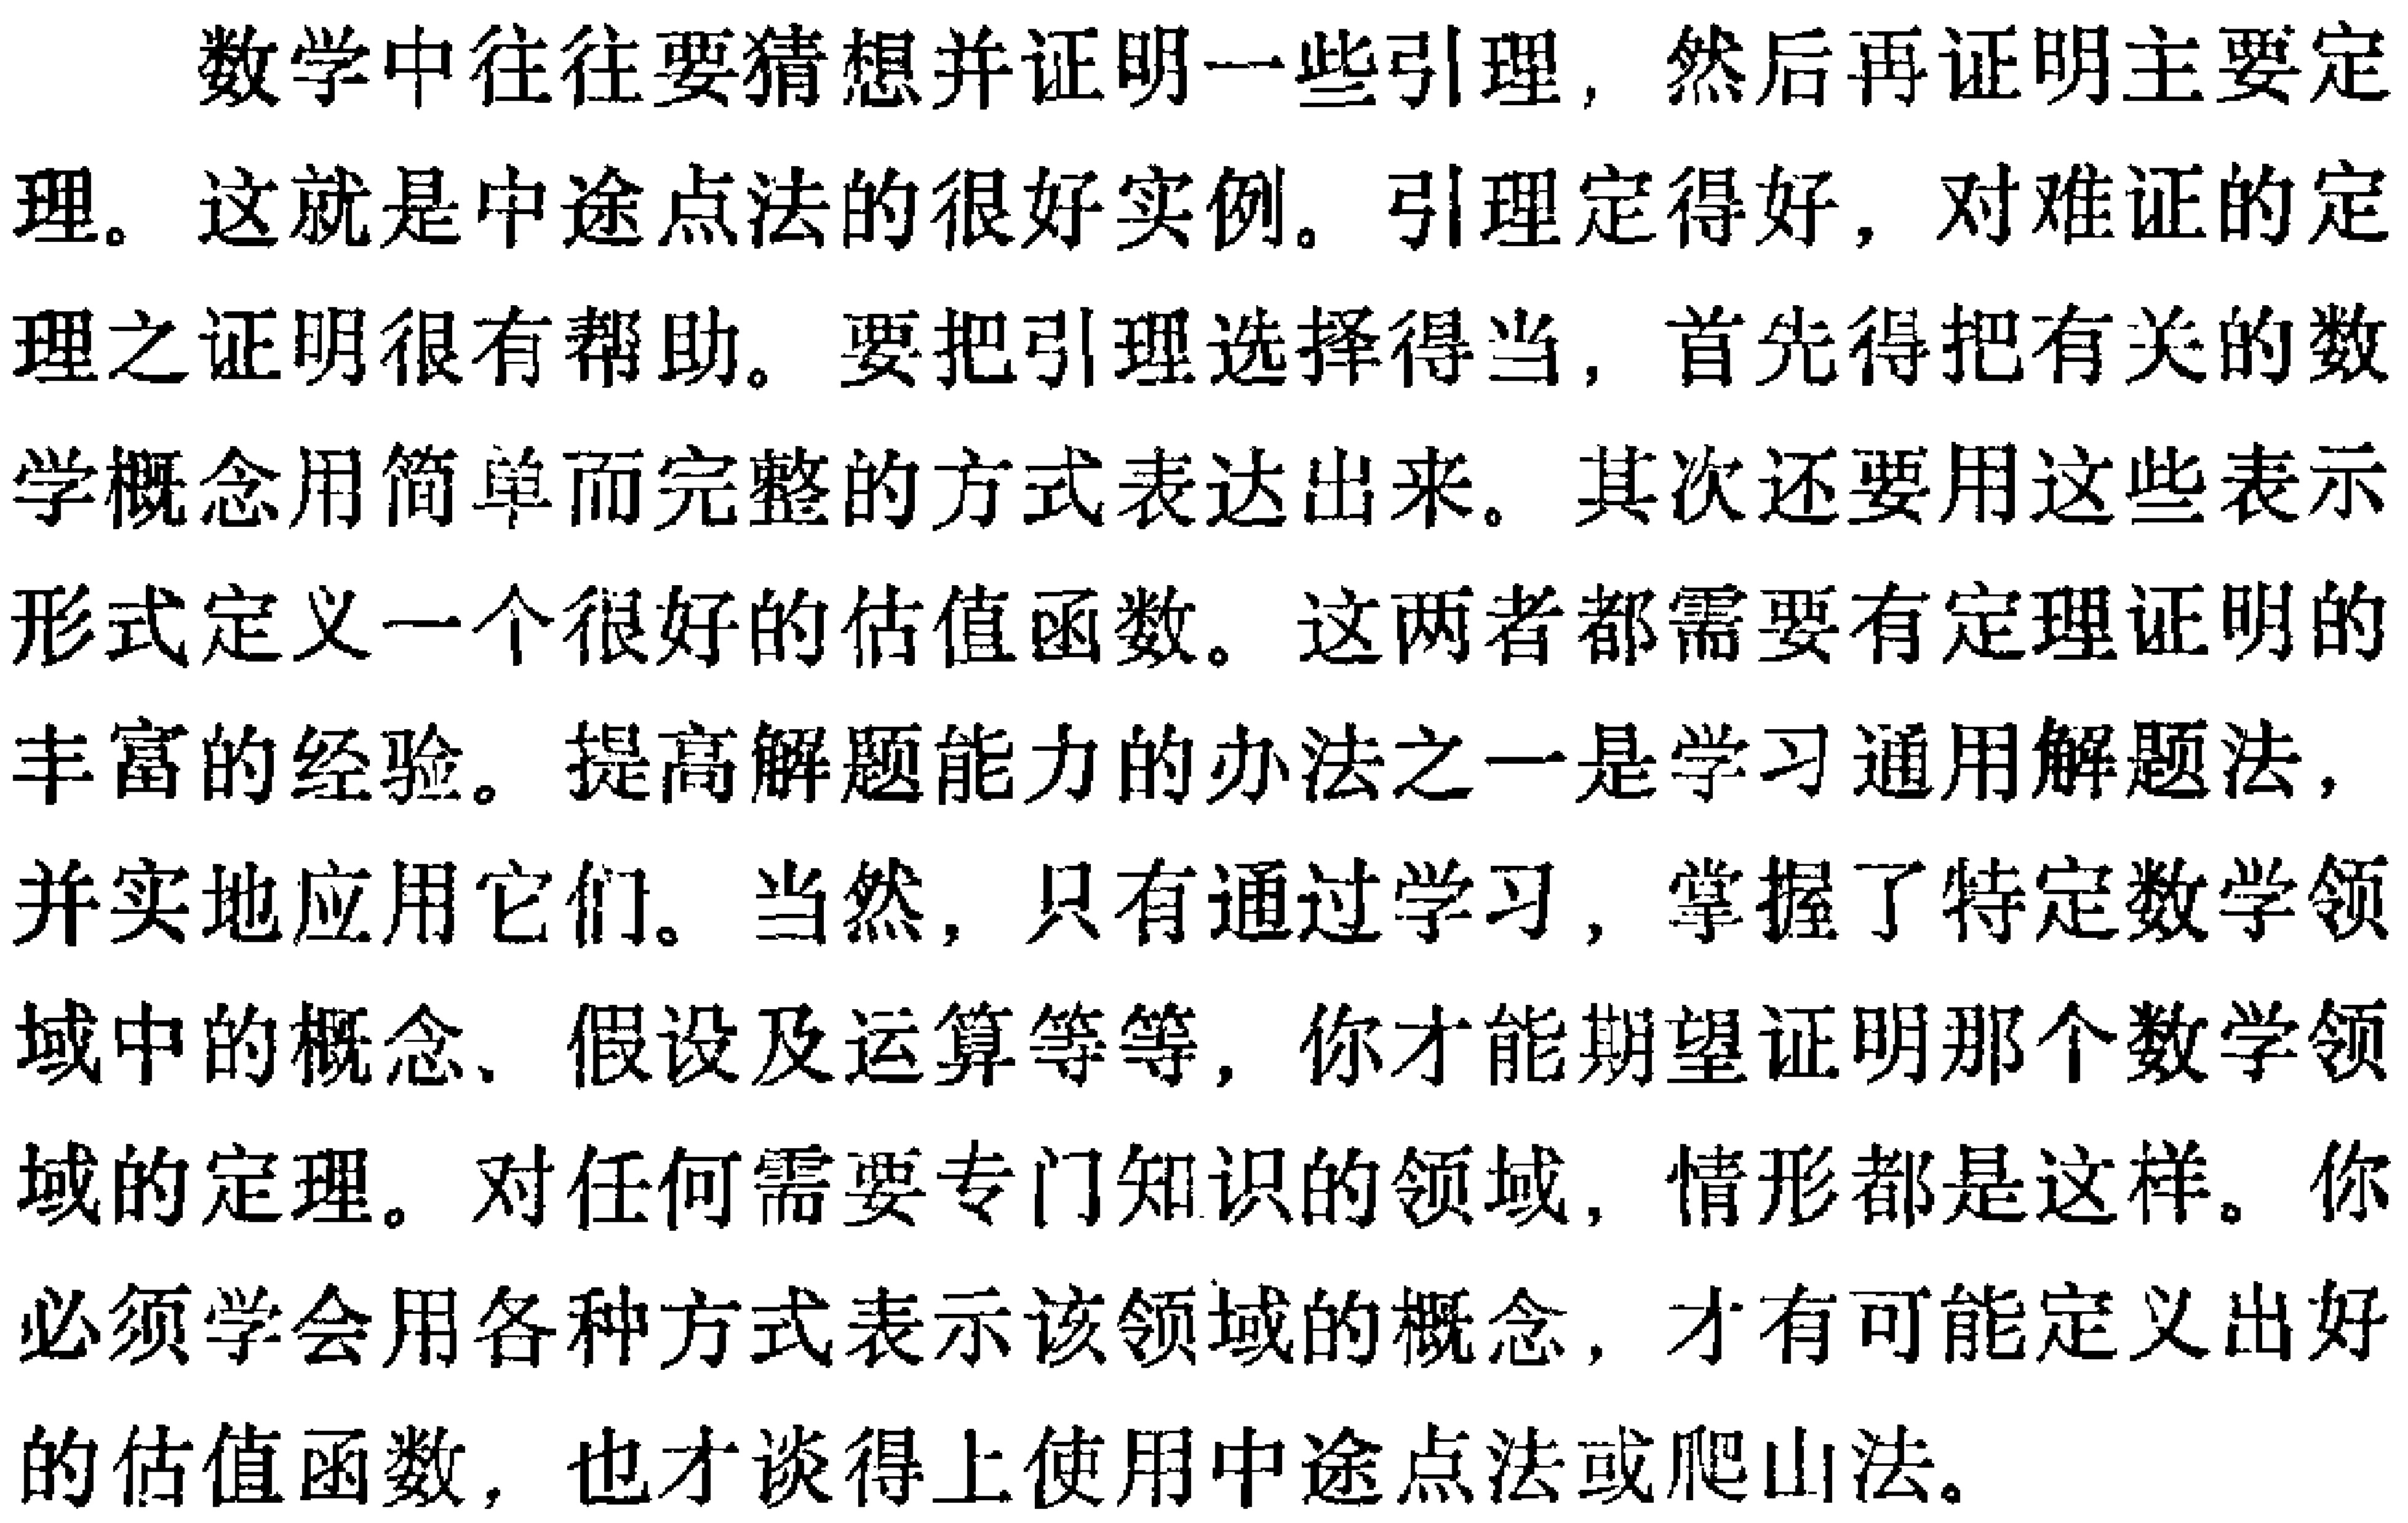
数学中往往要猜想并证明一些引理，然后再证明主要定理。这就是中途点法的很好实例。引理定得好，对难证的定理之证明很有帮助。要把引理选择得当，首先得把有关的数学概念用简单而完整的方式表达出来。其次还要用这些表示形式定义一个很好的估值函数。这两者都需要有定理证明的丰富的经验。提高解题能力的办法之一是学习通用解题法，并实地应用它们。当然，只有通过学习，掌握了特定数学领域中的概念、假设及运算等等，你才能期望证明那个数学领域的定理。对任何需要专门知识的领域，情形都是这样。你必须学会用各种方式表示该领域的概念，才有可能定义出好的估值函数，也才谈得上使用中途点法或爬山法。